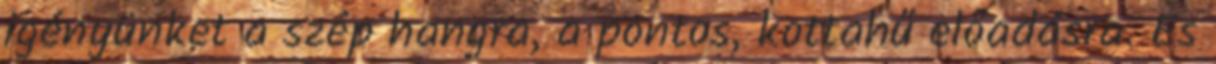
igényünket a szép hangra, a pontos, kottahű előadásra. És